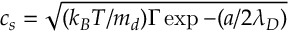
c _ { s } = \sqrt { ( k _ { B } T / m _ { d } ) \Gamma \exp { - ( a / 2 \lambda _ { D } ) } }